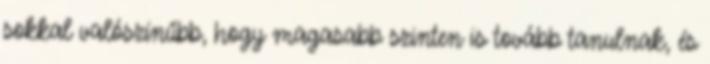
sokkal valószínűbb, hogy magasabb szinten is tovább tanulnak, és